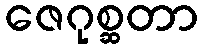
ဇေဂုစ္ဆတာ